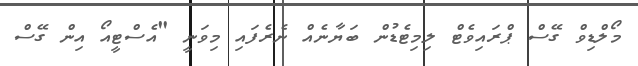
މޯލްޑިވް ގޭސް ޕްރައިވެޓް ލިމިޓެޑުން ބަޔާނެއް ނެރެފައި މިވަނީ "އެސްޓީއޯ އިން ގޭސް